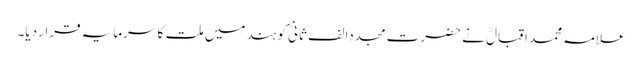
علامہ محمد اقبالؒ نے حضرت مجددا لف ثانیؒ کو ہند میں ملت کا سرمایہ قرار دیا۔